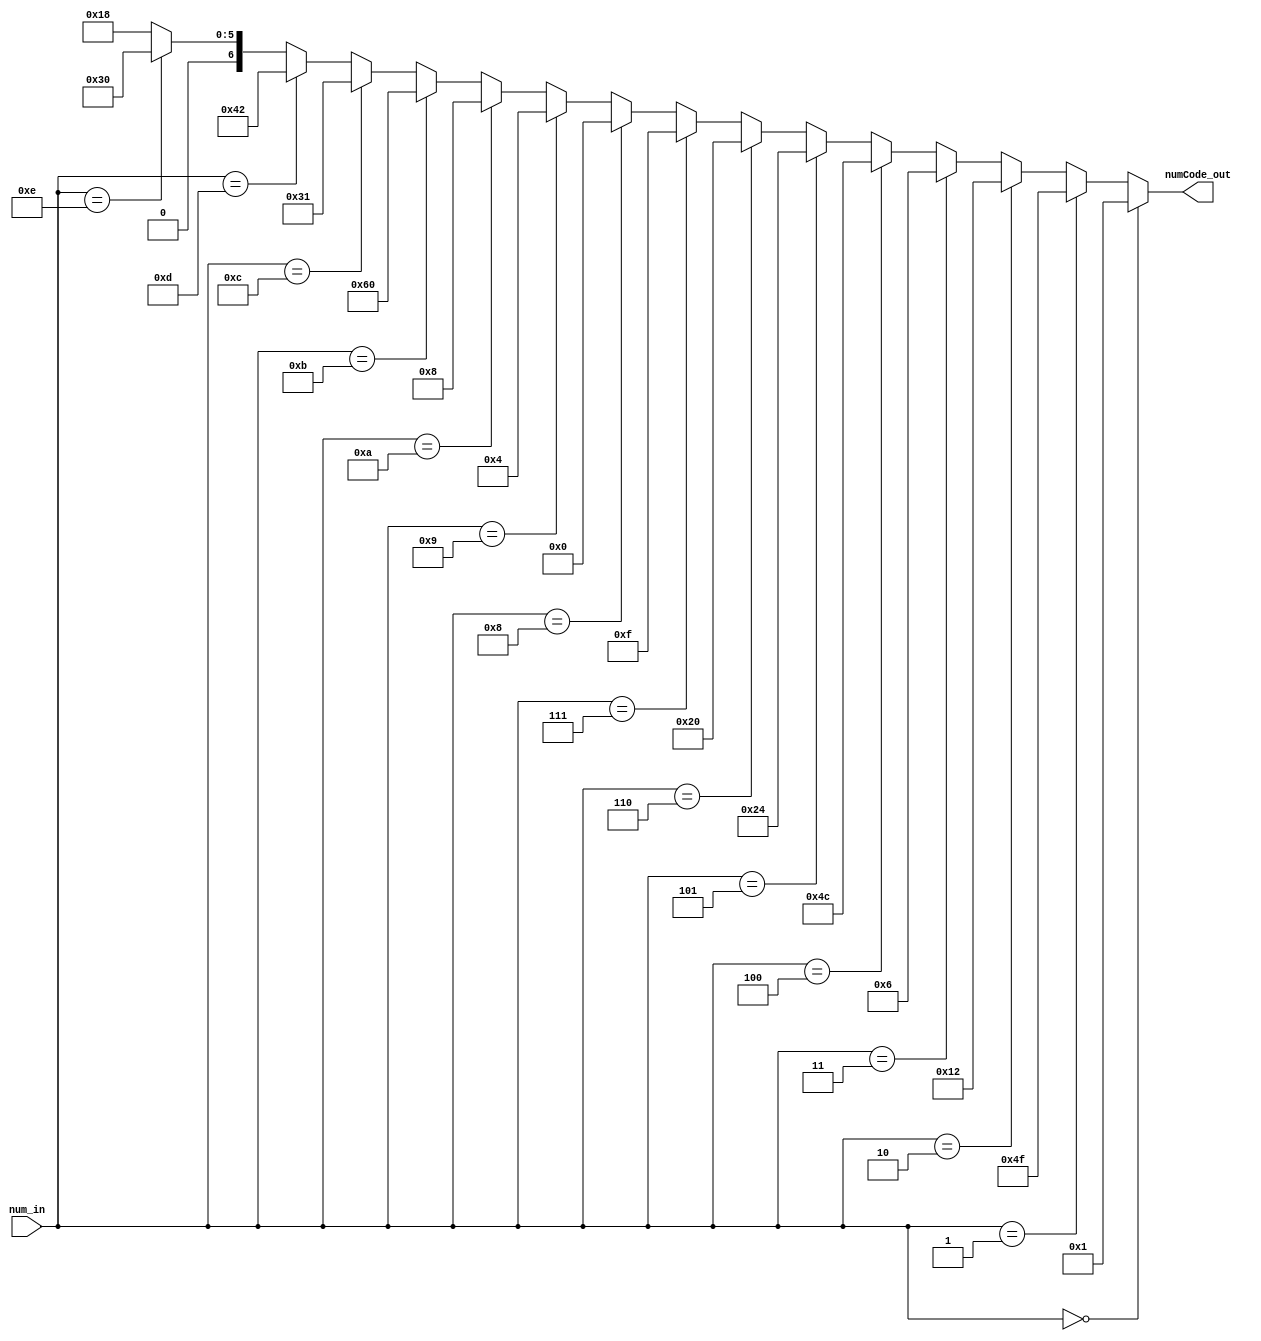
`timescale 1ns / 1ps
//////////////////////////////////////////////////////////////////////////////////
// Company: 
// Engineer: 
// 
// Design Name: 
// Module Name:    SEG7dec 
// Project Name: 
// Target Devices: 
// Tool versions: 
// Description: 
//
// Dependencies: 
//
// Revision: 
// Revision 0.01 - File Created
// Additional Comments: 
//
//////////////////////////////////////////////////////////////////////////////////
module SEG7dec(num_in, numCode_out);
	input[3:0] num_in;
	output[6:0] numCode_out;

	assign numCode_out = (num_in == 4'd0)?  7'b0000001 :
								(num_in == 4'd1)?  7'b1001111 :
								(num_in == 4'd2)?  7'b0010010 :
								(num_in == 4'd3)?  7'b0000110 :
								(num_in == 4'd4)?  7'b1001100 :
								(num_in == 4'd5)?  7'b0100100 :
								(num_in == 4'd6)?  7'b0100000 :
								(num_in == 4'd7)?  7'b0001111 :
								(num_in == 4'd8)?  7'b0000000 :
								(num_in == 4'd9)?  7'b0000100 :
								(num_in == 4'd10)? 7'b0001000 :
								(num_in == 4'd11)? 7'b1100000 :
								(num_in == 4'd12)? 7'b0110001 :
								(num_in == 4'd13)? 7'b1000010 :
								(num_in == 4'd14)? 7'b0110000 : 0111000;
endmodule